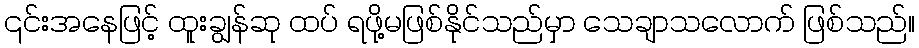
၎င်းအနေဖြင့် ထူးချွန်ဆု ထပ် ရဖို့မဖြစ်နိုင်သည်မှာ သေချာသလောက် ဖြစ်သည်။